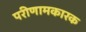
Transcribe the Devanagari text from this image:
परीणामकारक